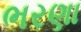
ભરણા